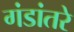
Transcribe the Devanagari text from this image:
गंडांतरे